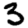
Digit: 3